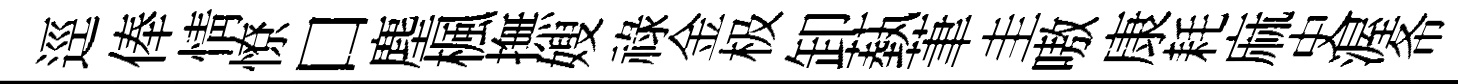
逕俸情憭口塵楓撫嫂祿金极卸蓺茟圭嗷康耗麻史渥𢁙